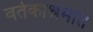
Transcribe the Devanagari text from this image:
वर्तकाश्रमात